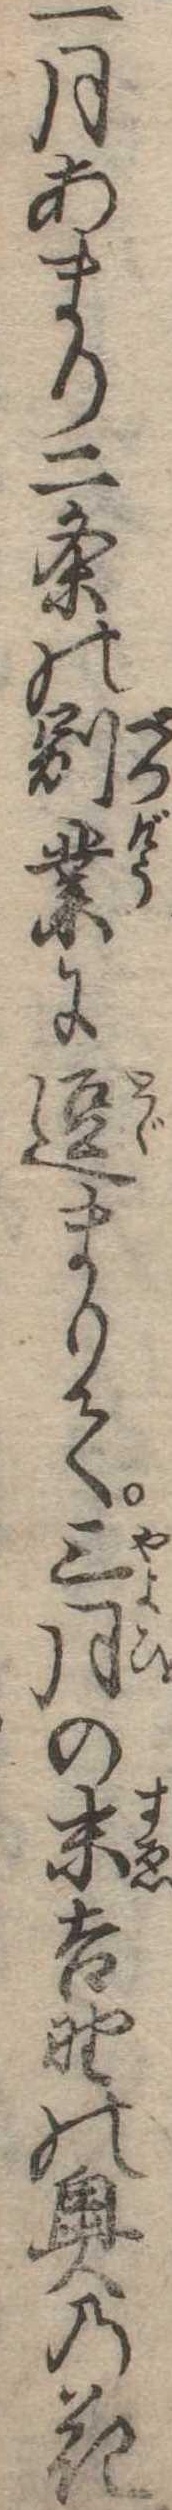
一月あまり二条の別業に逗まりて三月の末吉野の奥の花